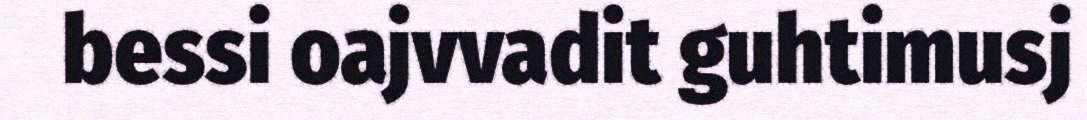
bessi oajvvadit guhtimusj